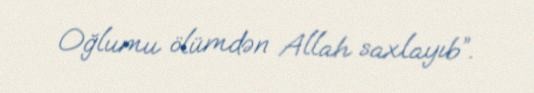
Oğlumu ölümdən Allah saxlayıb”.